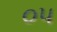
૦૫